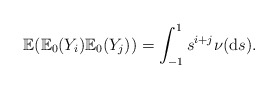
\begin{align*}\mathbb{E}(\mathbb{E}_{0}(Y_{i})\mathbb{E}_{0}(Y_{j}))=\int_{-1}^{1}s^{i+j}\nu(\mathrm{d}s). \end{align*}